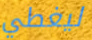
ليغطي